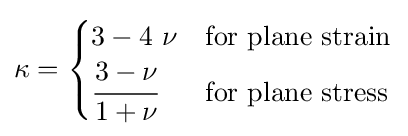
\kappa ={\begin{cases}3-4~\nu &{\rm {for~plane~strain}}\\{\cfrac {3-\nu }{1+\nu }}&{\rm {for~plane~stress}}\\\end{cases}}